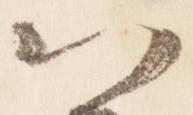
以